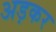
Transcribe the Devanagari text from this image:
अड़कर